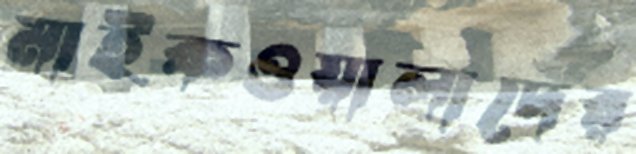
মাইকওয়ালাদের